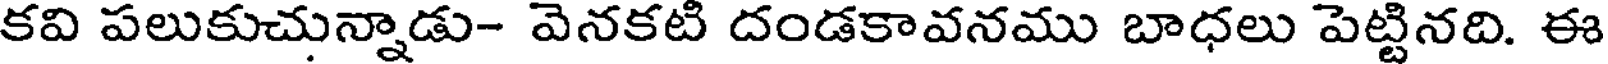
కవి పలుకుచున్నాడు- వెనకటి దండకావనము బాధలు పెట్టినది. ఈ